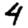
Digit: 4